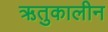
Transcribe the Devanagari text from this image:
ऋतुकालीन